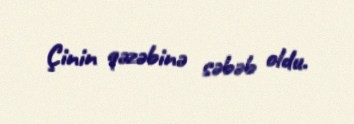
Çinin qəzəbinə səbəb oldu.